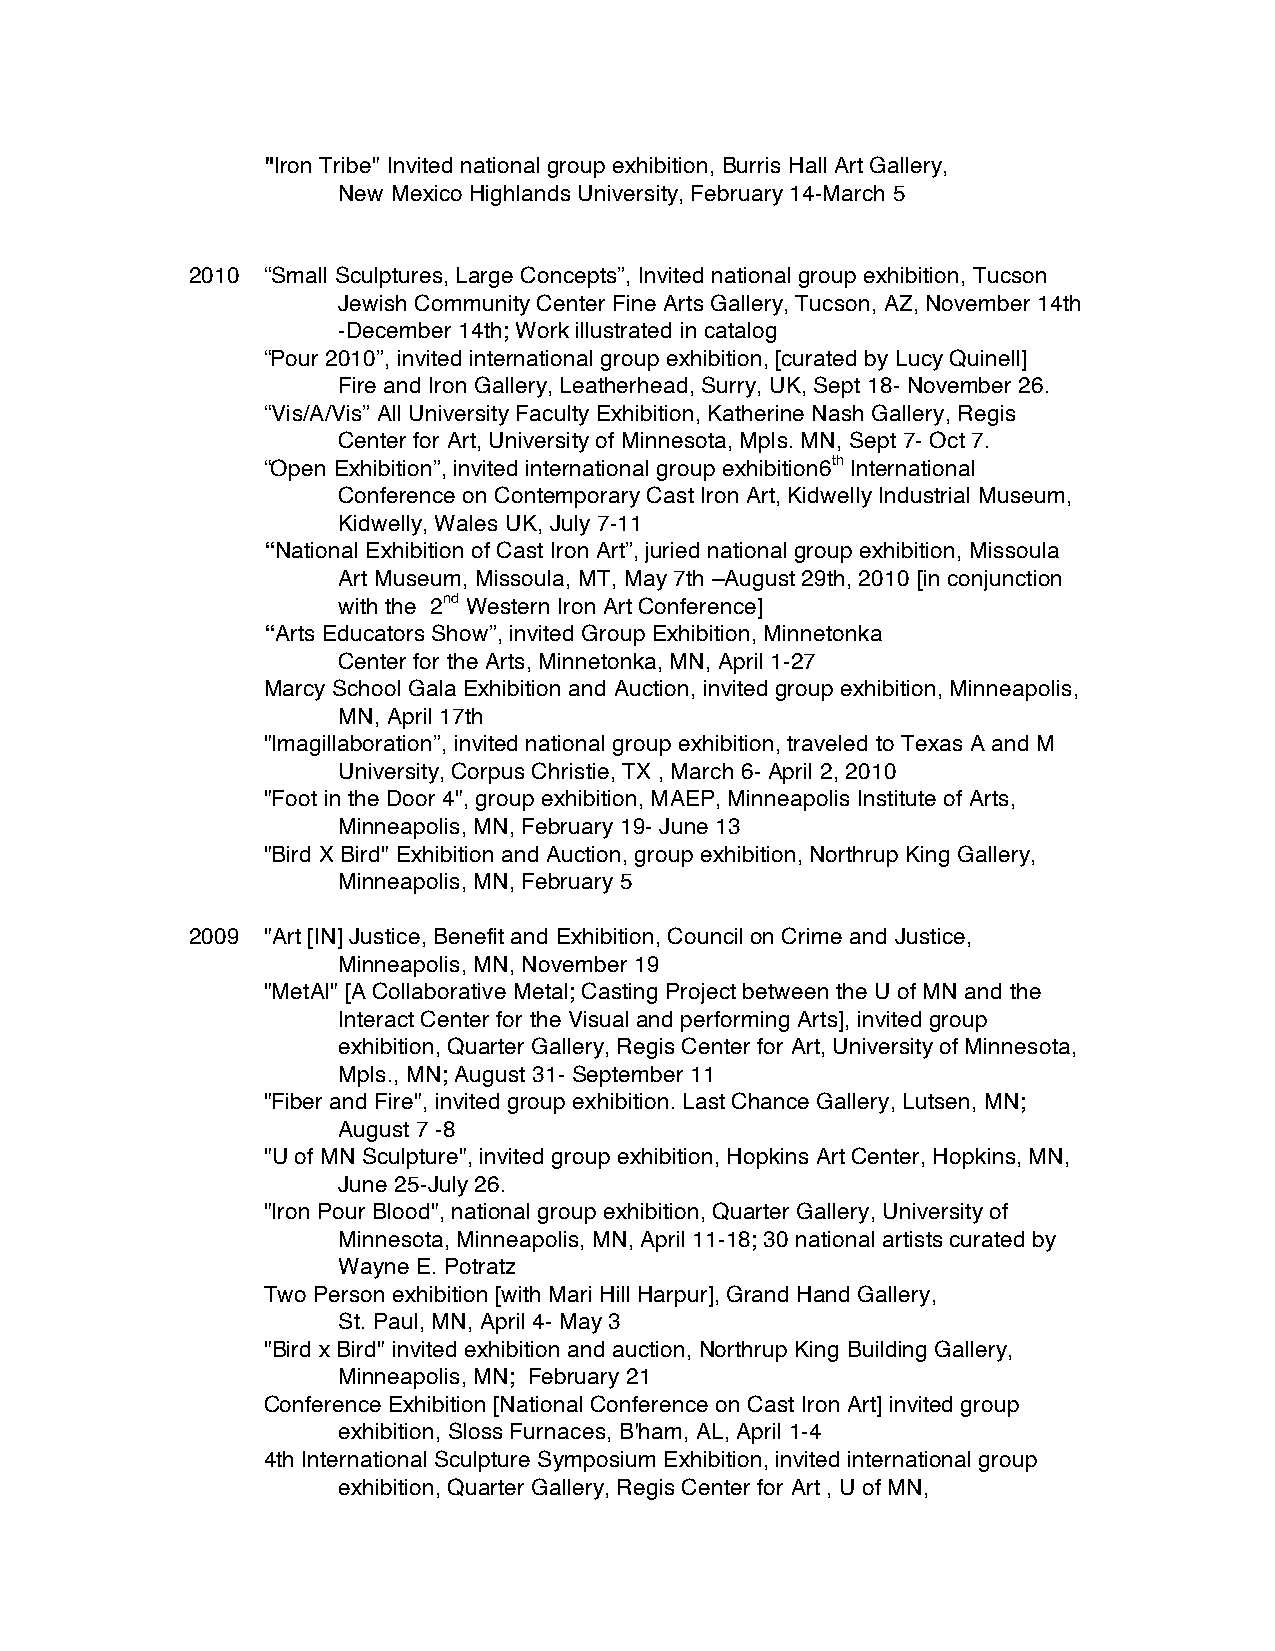
"Iron Tribe" Invited national group exhibition, Burris Hall Art Gallery,
 New Mexico Highlands University, February 14-March 5
 2010 “Small Sculptures, Large Concepts”, Invited national group exhibition, Tucson
 Jewish Community Center Fine Arts Gallery, Tucson, AZ, November 14th
 -December 14th; Work illustrated in catalog
 “Pour 2010”, invited international group exhibition, [curated by Lucy Quinell]
 Fire and Iron Gallery, Leatherhead, Surry, UK, Sept 18- November 26.
 “Vis/A/Vis” All University Faculty Exhibition, Katherine Nash Gallery, Regis
 Center for Art, University of Minnesota, Mpls. MN, Sept 7- Oct 7.
 “Open Exhibition”, invited international group exhibition6th International
 Conference on Contemporary Cast Iron Art, Kidwelly Industrial Museum,
 Kidwelly, Wales UK, July 7-11
 “National Exhibition of Cast Iron Art”, juried national group exhibition, Missoula
 Art Museum, Missoula, MT, May 7th –August 29th, 2010 [in conjunction
 with the 2nd Western Iron Art Conference]
 “Arts Educators Show”, invited Group Exhibition, Minnetonka
 Center for the Arts, Minnetonka, MN, April 1-27
 Marcy School Gala Exhibition and Auction, invited group exhibition, Minneapolis,
 MN, April 17th
 "Imagillaboration”, invited national group exhibition, traveled to Texas A and M
 University, Corpus Christie, TX , March 6- April 2, 2010
 "Foot in the Door 4", group exhibition, MAEP, Minneapolis Institute of Arts,
 Minneapolis, MN, February 19- June 13
 "Bird X Bird" Exhibition and Auction, group exhibition, Northrup King Gallery,
 Minneapolis, MN, February 5
 2009 "Art [IN] Justice, Benefit and Exhibition, Council on Crime and Justice,
 Minneapolis, MN, November 19
 "MetAl" [A Collaborative Metal; Casting Project between the U of MN and the
 Interact Center for the Visual and performing Arts], invited group
 exhibition, Quarter Gallery, Regis Center for Art, University of Minnesota,
 Mpls., MN; August 31- September 11
 "Fiber and Fire", invited group exhibition. Last Chance Gallery, Lutsen, MN;
 August 7 -8
 "U of MN Sculpture", invited group exhibition, Hopkins Art Center, Hopkins, MN,
 June 25-July 26.
 "Iron Pour Blood", national group exhibition, Quarter Gallery, University of
 Minnesota, Minneapolis, MN, April 11-18; 30 national artists curated by
 Wayne E. Potratz
 Two Person exhibition [with Mari Hill Harpur], Grand Hand Gallery,
 St. Paul, MN, April 4- May 3
 "Bird x Bird" invited exhibition and auction, Northrup King Building Gallery,
 Minneapolis, MN; February 21
 Conference Exhibition [National Conference on Cast Iron Art] invited group
 exhibition, Sloss Furnaces, B'ham, AL, April 1-4
 4th International Sculpture Symposium Exhibition, invited international group
 exhibition, Quarter Gallery, Regis Center for Art , U of MN,